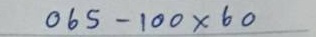
065 - 100 x 60